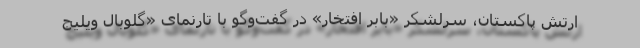
ارتش پاکستان، سرلشکر «بابر افتخار» در گفت‌وگو با تارنمای «گلوبال ویلیج